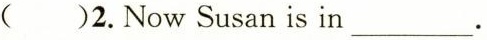
( )2. Now Susan is in ___.